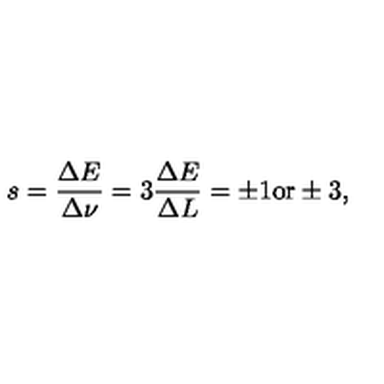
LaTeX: s = \frac { \Delta E } { \Delta \nu } = 3 \frac { \Delta E } { \Delta L } = \pm 1 \mathrm { o r } \pm 3 ,